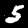
Label: 5